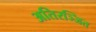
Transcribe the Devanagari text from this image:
अतिरञ्जित